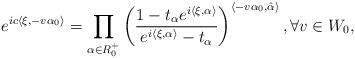
LaTeX: \begin{align*} e^{ic\langle \xi,-v\alpha_0\rangle}=\prod_{\alpha\in R^+_0} \left( \frac{1-t_{\alpha}e^{i\langle \xi,\alpha \rangle }}{e^{i\langle \xi,\alpha \rangle} -t_{\alpha} }\right)^{{\langle -v\alpha_0, \hat\alpha\rangle} },\forall v\in {W_0} ,\end{align*}